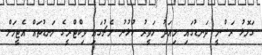
ގަަލޮޅު ރަސްމީ ދަނޑުގައި މިއަދު ހަވީރު ކުޅުނު މެޗުގައި ވިކްޓްރީގެ ލަނޑުތައް އެޓީމަށް